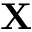
\mathbf { X }